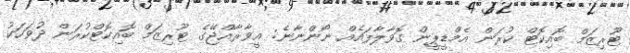
ޓޫރިޒަމް ބޮއިކޮޓް ކުރަން އެމްޑީޕީން ގޮވާލާފައެއް ނޯންނާނެ: އީވާރާއްޖޭގެ ޓޫރިޒަމް ބޮއިކޮޓްކުރަން ދުވަހަކު